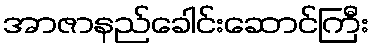
အာဇာနည်ခေါင်းဆောင်ကြီး